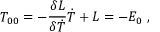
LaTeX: T _ { 0 0 } = - { \frac { \delta { { \cal L } } } { \delta \dot { T } } } \dot { T } + { \cal L } = - E _ { 0 } \ ,